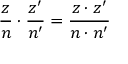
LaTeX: { \frac { z } { n } } \cdot { \frac { z ^ { \prime } } { n ^ { \prime } } } = { \frac { z \cdot z ^ { \prime } } { n \cdot n ^ { \prime } } }